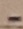
Text: -